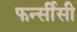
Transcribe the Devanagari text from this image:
फर्न्सीसी